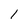
Character: l